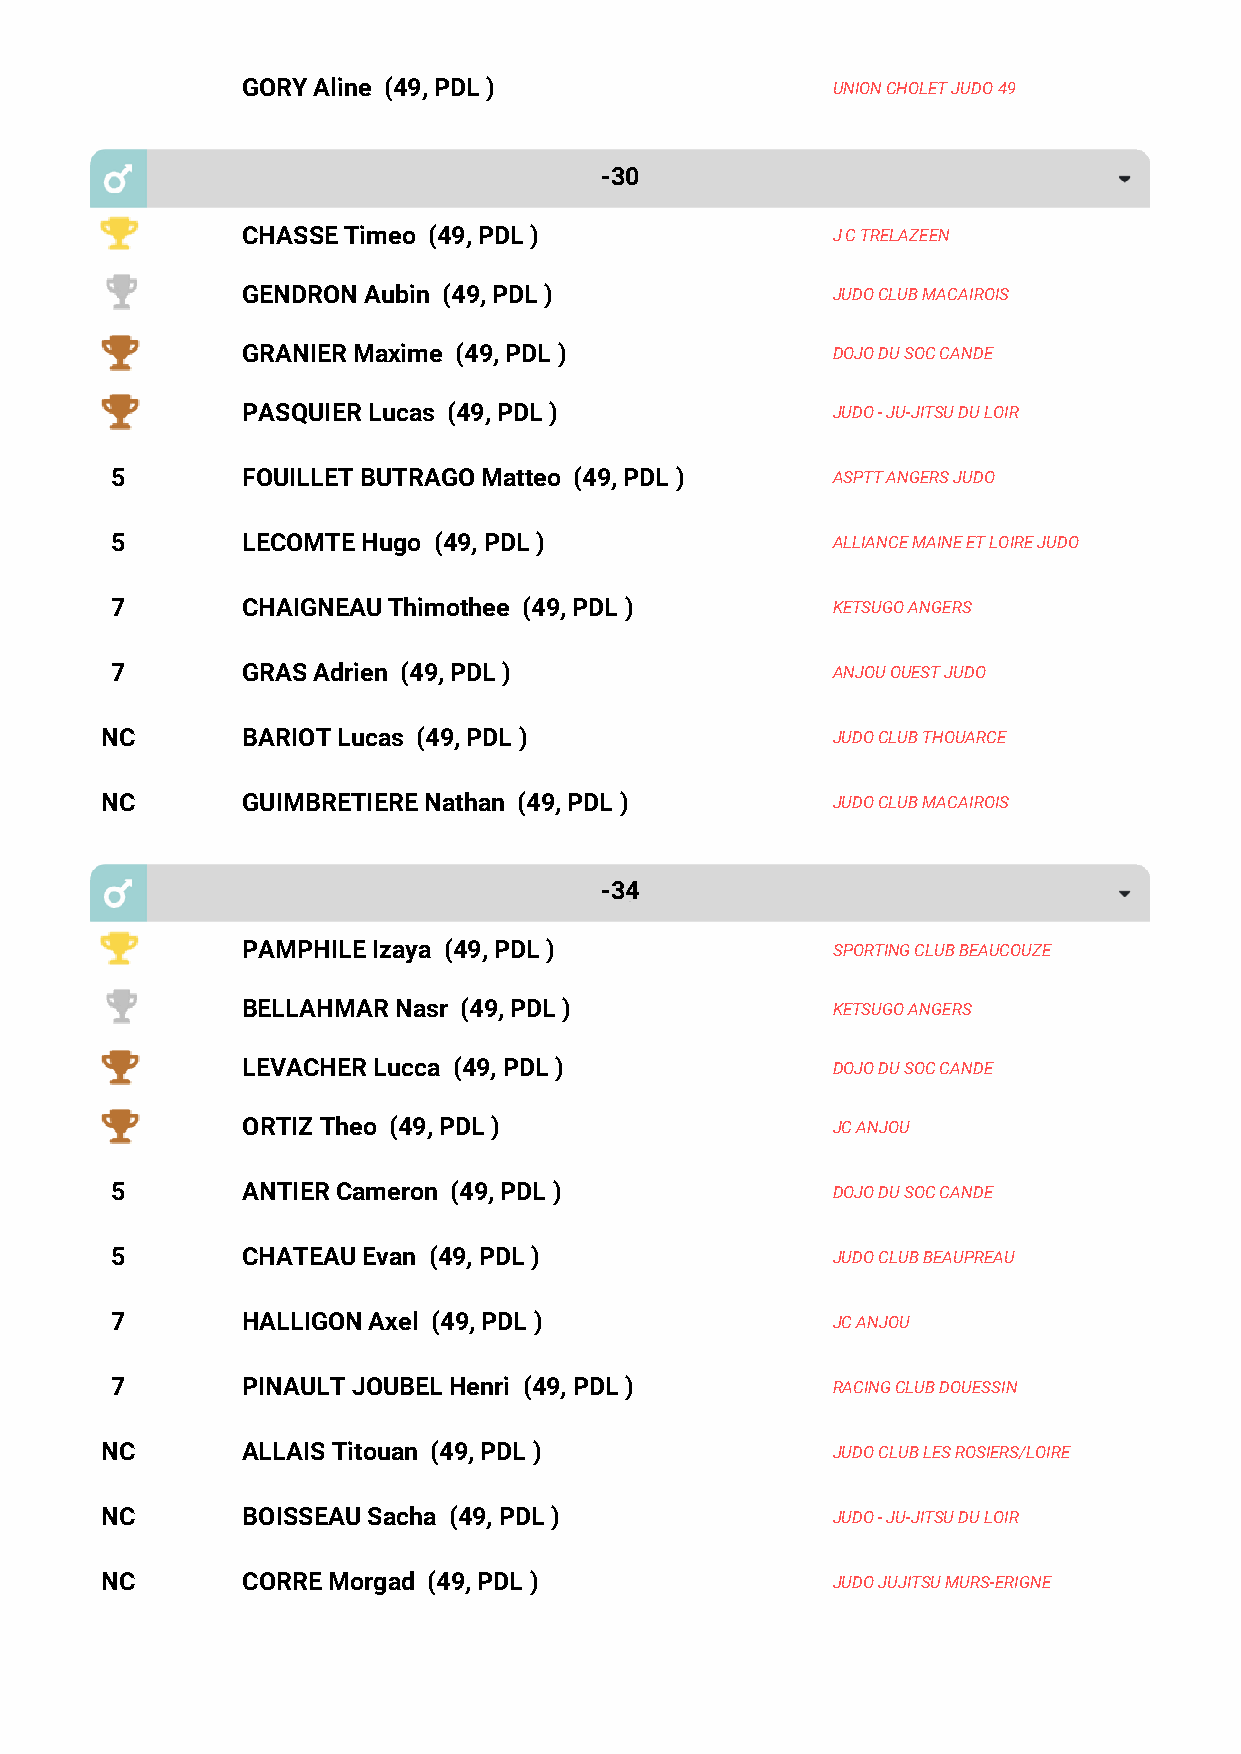
GORY Aline (49, PDL )                  UNION CHOLET JUDO 49
 -30
 CHASSE Timeo (49, PDL )                J C TRELAZEEN
 GENDRON Aubin (49, PDL )               JUDO CLUB MACAIROIS
 GRANIER Maxime (49, PDL )              DOJO DU SOC CANDE
 PASQUIER Lucas (49, PDL )              JUDO - JU-JITSU DU LOIR
 5        FOUILLET BUTRAGO Matteo (49, PDL )     ASPTT ANGERS JUDO
 5        LECOMTE Hugo (49, PDL )                ALLIANCE MAINE ET LOIRE JUDO
 7        CHAIGNEAU Thimothee (49, PDL )         KETSUGO ANGERS
 7        GRAS Adrien (49, PDL )                 ANJOU OUEST JUDO
 NC       BARIOT Lucas (49, PDL )                JUDO CLUB THOUARCE
 NC       GUIMBRETIERE Nathan (49, PDL )         JUDO CLUB MACAIROIS
 -34
 PAMPHILE Izaya (49, PDL )              SPORTING CLUB BEAUCOUZE
 BELLAHMAR Nasr (49, PDL )              KETSUGO ANGERS
 LEVACHER Lucca (49, PDL )              DOJO DU SOC CANDE
 ORTIZ Theo (49, PDL )                  JC ANJOU
 5        ANTIER Cameron (49, PDL )              DOJO DU SOC CANDE
 5        CHATEAU Evan (49, PDL )                JUDO CLUB BEAUPREAU
 7        HALLIGON Axel (49, PDL )               JC ANJOU
 7        PINAULT JOUBEL Henri (49, PDL )        RACING CLUB DOUESSIN
 NC       ALLAIS Titouan (49, PDL )              JUDO CLUB LES ROSIERS/LOIRE
 NC       BOISSEAU Sacha (49, PDL )              JUDO - JU-JITSU DU LOIR
 NC       CORRE Morgad (49, PDL )                JUDO JUJITSU MURS-ERIGNE